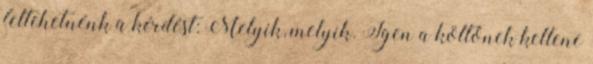
feltehetnénk a kérdést: Melyik, melyik. Igen a költőnek kellene